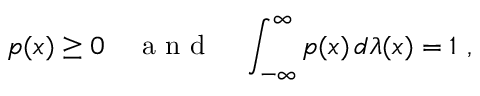
p ( x ) \geq 0 \quad \mathrm { ~ a ~ n ~ d ~ } \quad \int _ { - \infty } ^ { \infty } p ( x ) \, d \lambda ( x ) = 1 \mathrm { ~ , ~ }